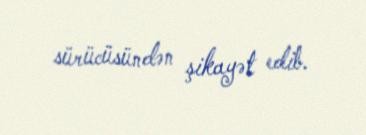
sürücüsündən şikayət edib.